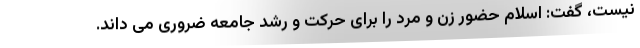
نیست، گفت: اسلام حضور زن و مرد را برای حرکت و رشد جامعه ضروری می داند.